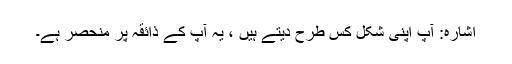
اشارہ: آپ اپنی شکل کس طرح دیتے ہیں ، یہ آپ کے ذائقہ پر منحصر ہے۔